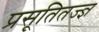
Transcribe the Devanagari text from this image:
प्रसूतितज्‍ज्ञ